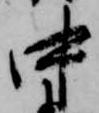
中